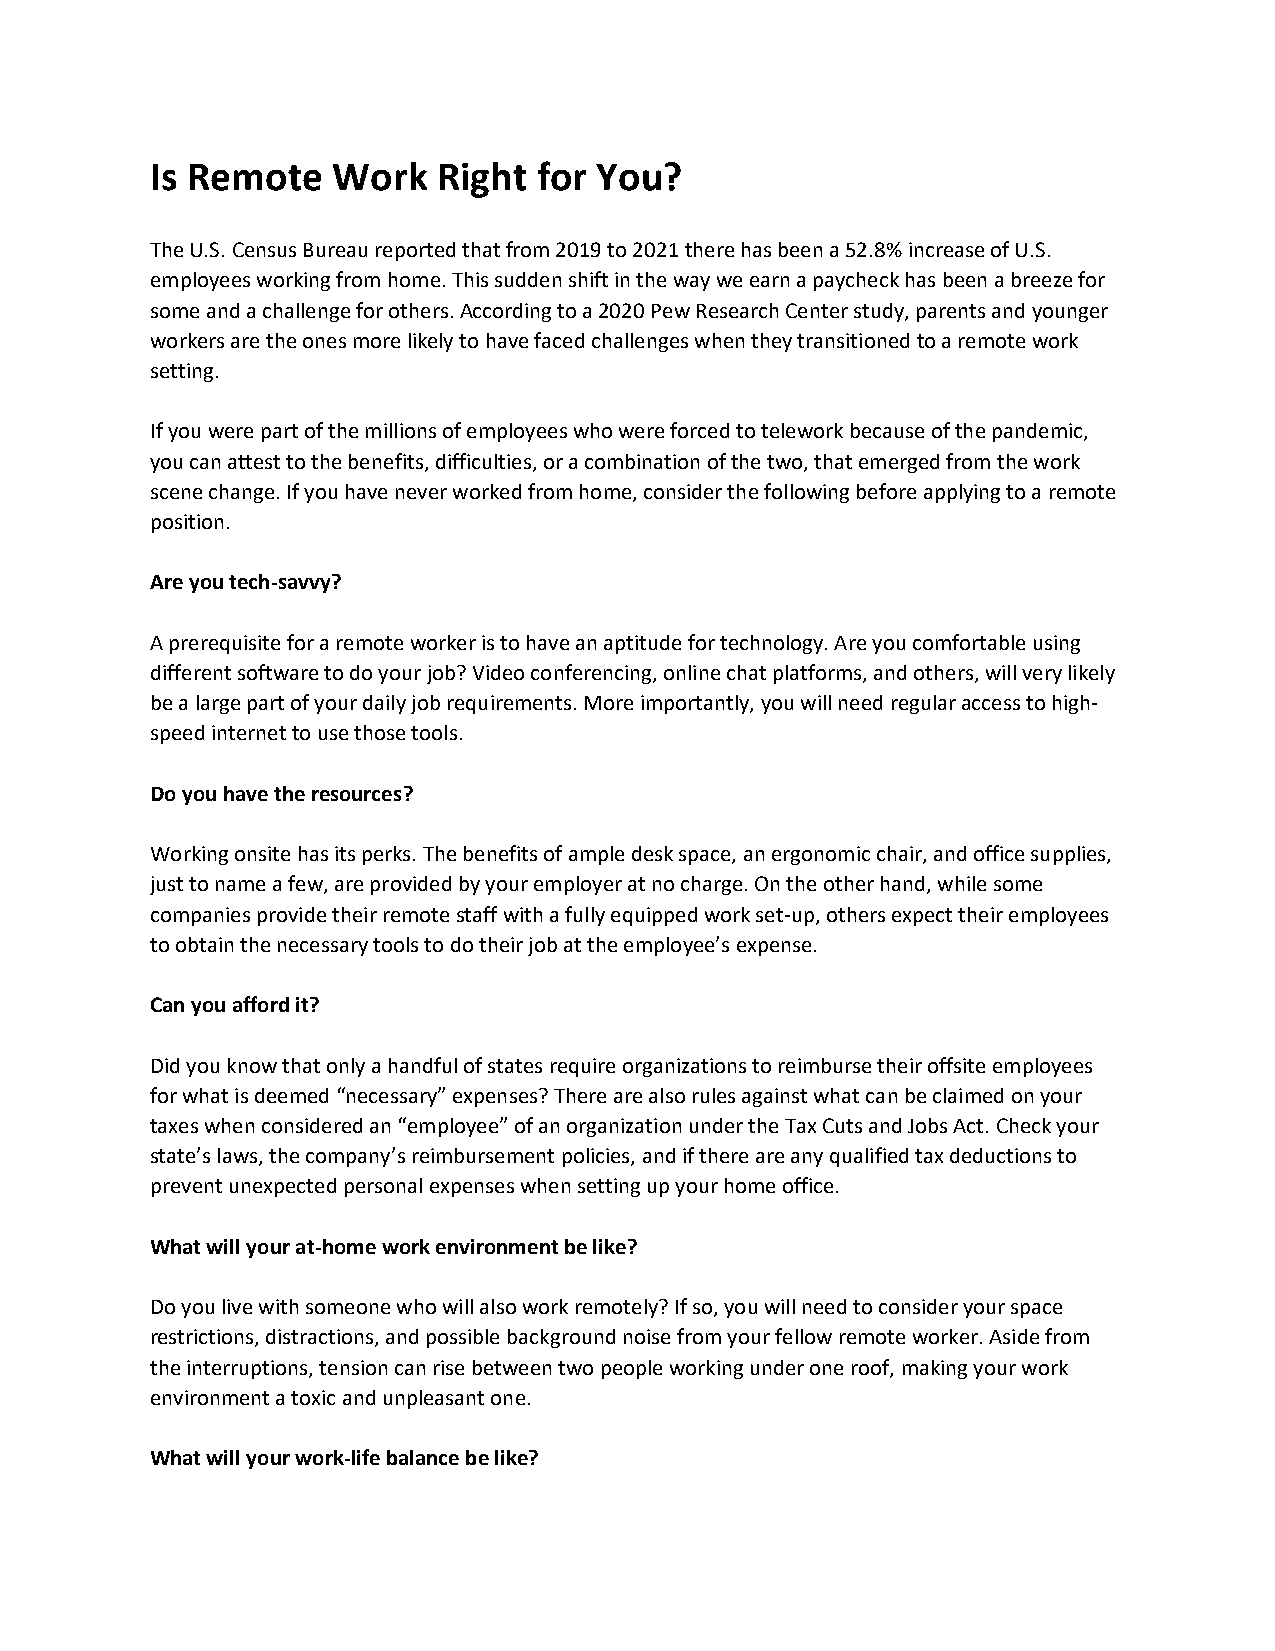
Is Remote   Work   Right  for You?
 The U.S. Census Bureau reported that from 2019 to 2021 there has been a 52.8% increase of U.S.
 employees working from home. This sudden shift in the way we earn a paycheck has been a breeze for
 some and a challenge for others. According to a 2020 Pew Research Center study, parents and younger
 workers are the ones more likely to have faced challenges when they transitioned to a remote work
 setting.
 If you were part of the millions of employees who were forced to telework because of the pandemic,
 you can attest to the benefits, difficulties, or a combination of the two, that emerged from the work
 scene change. If you have never worked from home, consider the following before applying to a remote
 position.
 Are you tech-savvy?
 A prerequisite for a remote worker is to have an aptitude for technology. Are you comfortable using
 different software to do your job? Video conferencing, online chat platforms, and others, will very likely
 be a large part of your daily job requirements. More importantly, you will need regular access to high-
 speed internet to use those tools.
 Do you have the resources?
 Working onsite has its perks. The benefits of ample desk space, an ergonomic chair, and office supplies,
 just to name a few, are provided by your employer at no charge. On the other hand, while some
 companies provide their remote staff with a fully equipped work set-up, others expect their employees
 to obtain the necessary tools to do their job at the employee’s expense.
 Can you afford it?
 Did you know that only a handful of states require organizations to reimburse their offsite employees
 for what is deemed “necessary” expenses? There are also rules against what can be claimed on your
 taxes when considered an “employee” of an organization under the Tax Cuts and Jobs Act. Check your
 state’s laws, the company’s reimbursement policies, and if there are any qualified tax deductions to
 prevent unexpected personal expenses when setting up your home office.
 What will your at-home work environment be like?
 Do you live with someone who will also work remotely? If so, you will need to consider your space
 restrictions, distractions, and possible background noise from your fellow remote worker. Aside from
 the interruptions, tension can rise between two people working under one roof, making your work
 environment a toxic and unpleasant one.
 What will your work-life balance be like?